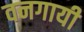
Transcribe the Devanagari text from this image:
वनगायी